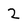
Character: 2